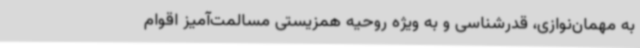
به مهمان‌نوازی، قدرشناسی و به ویژه روحیه همزیستی مسالمت‌آمیز اقوام